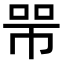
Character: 𢃋